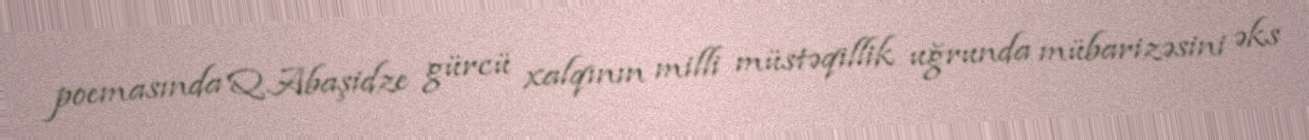
poemasında Q.Abaşidze gürcü xalqının milli müstəqillik uğrunda mübarizəsini əks